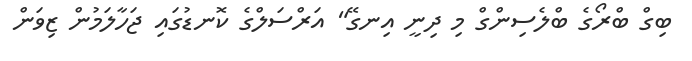
ބިގް ބްރޯގެ ބްލެސިންގް މި ދިނީ އިނގޭ" އަރްސަލްގެ ކޮނޑުގައި ޖަހާލަމުން ޒިވަން